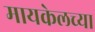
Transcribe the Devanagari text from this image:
मायकेलच्या